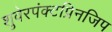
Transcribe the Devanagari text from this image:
शुवेरपंक्टप्रिनजिप